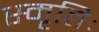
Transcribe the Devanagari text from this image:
स्मृतिः